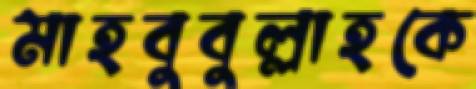
মাহবুবুল্লাহকে